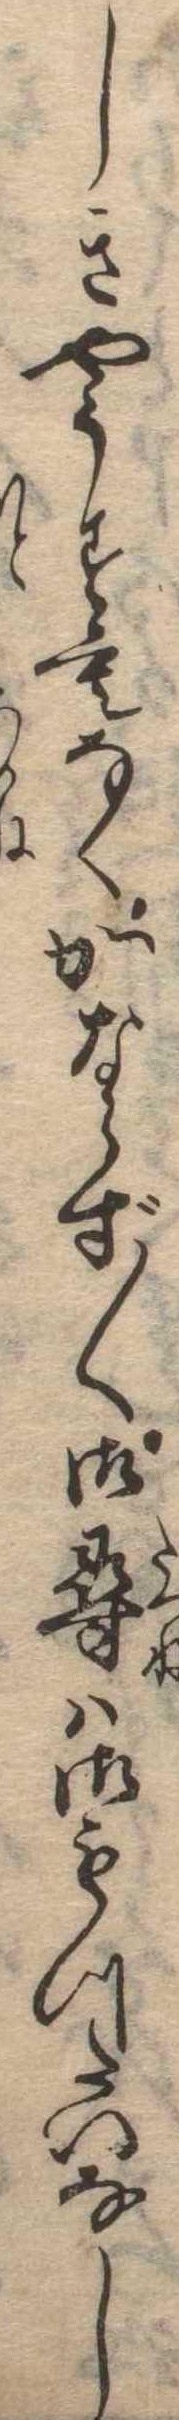
しきやうすもなくかならず〱御尋は御もつたいなし